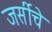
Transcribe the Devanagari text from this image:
जर्सीचे